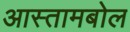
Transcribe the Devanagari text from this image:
आस्तामबोल